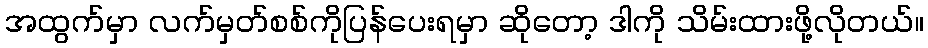
အထွက်မှာ လက်မှတ်စစ်ကိုပြန်ပေးရမှာ ဆိုတော့ ဒါကို သိမ်းထားဖို့လိုတယ်။